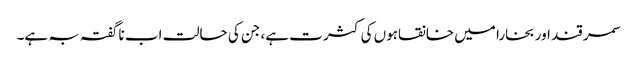
سمر قند اور بخارا میں خانقاہوں کی کثر ت ہے، جن کی حالت اب ناگفتہ بہ ہے۔